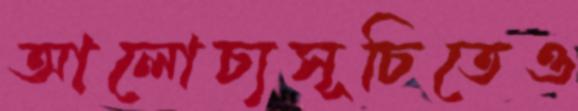
আলোচ্যসূচিতেও